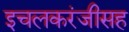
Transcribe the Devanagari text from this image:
इचलकरंजीसह